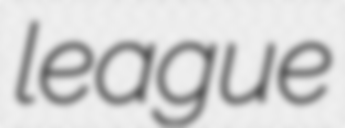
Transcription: league